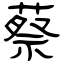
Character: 蔡